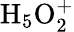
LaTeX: \mathrm{{H_{5}O_{2}^{+}}}